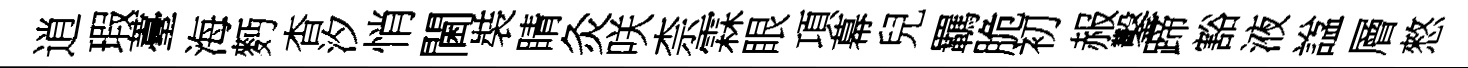
逍瑕薹海麪杳汐悄閫裝睛灸咲柰霖眼項幕兒羈脆初赧鑿蹄豁液諡層憗